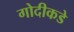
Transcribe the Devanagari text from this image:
गोदीकडे